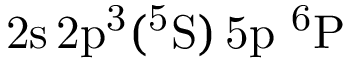
\mathrm { 2 s \, 2 p ^ { 3 } ( ^ { 5 } S ) \, 5 p ~ ^ { 6 } P }